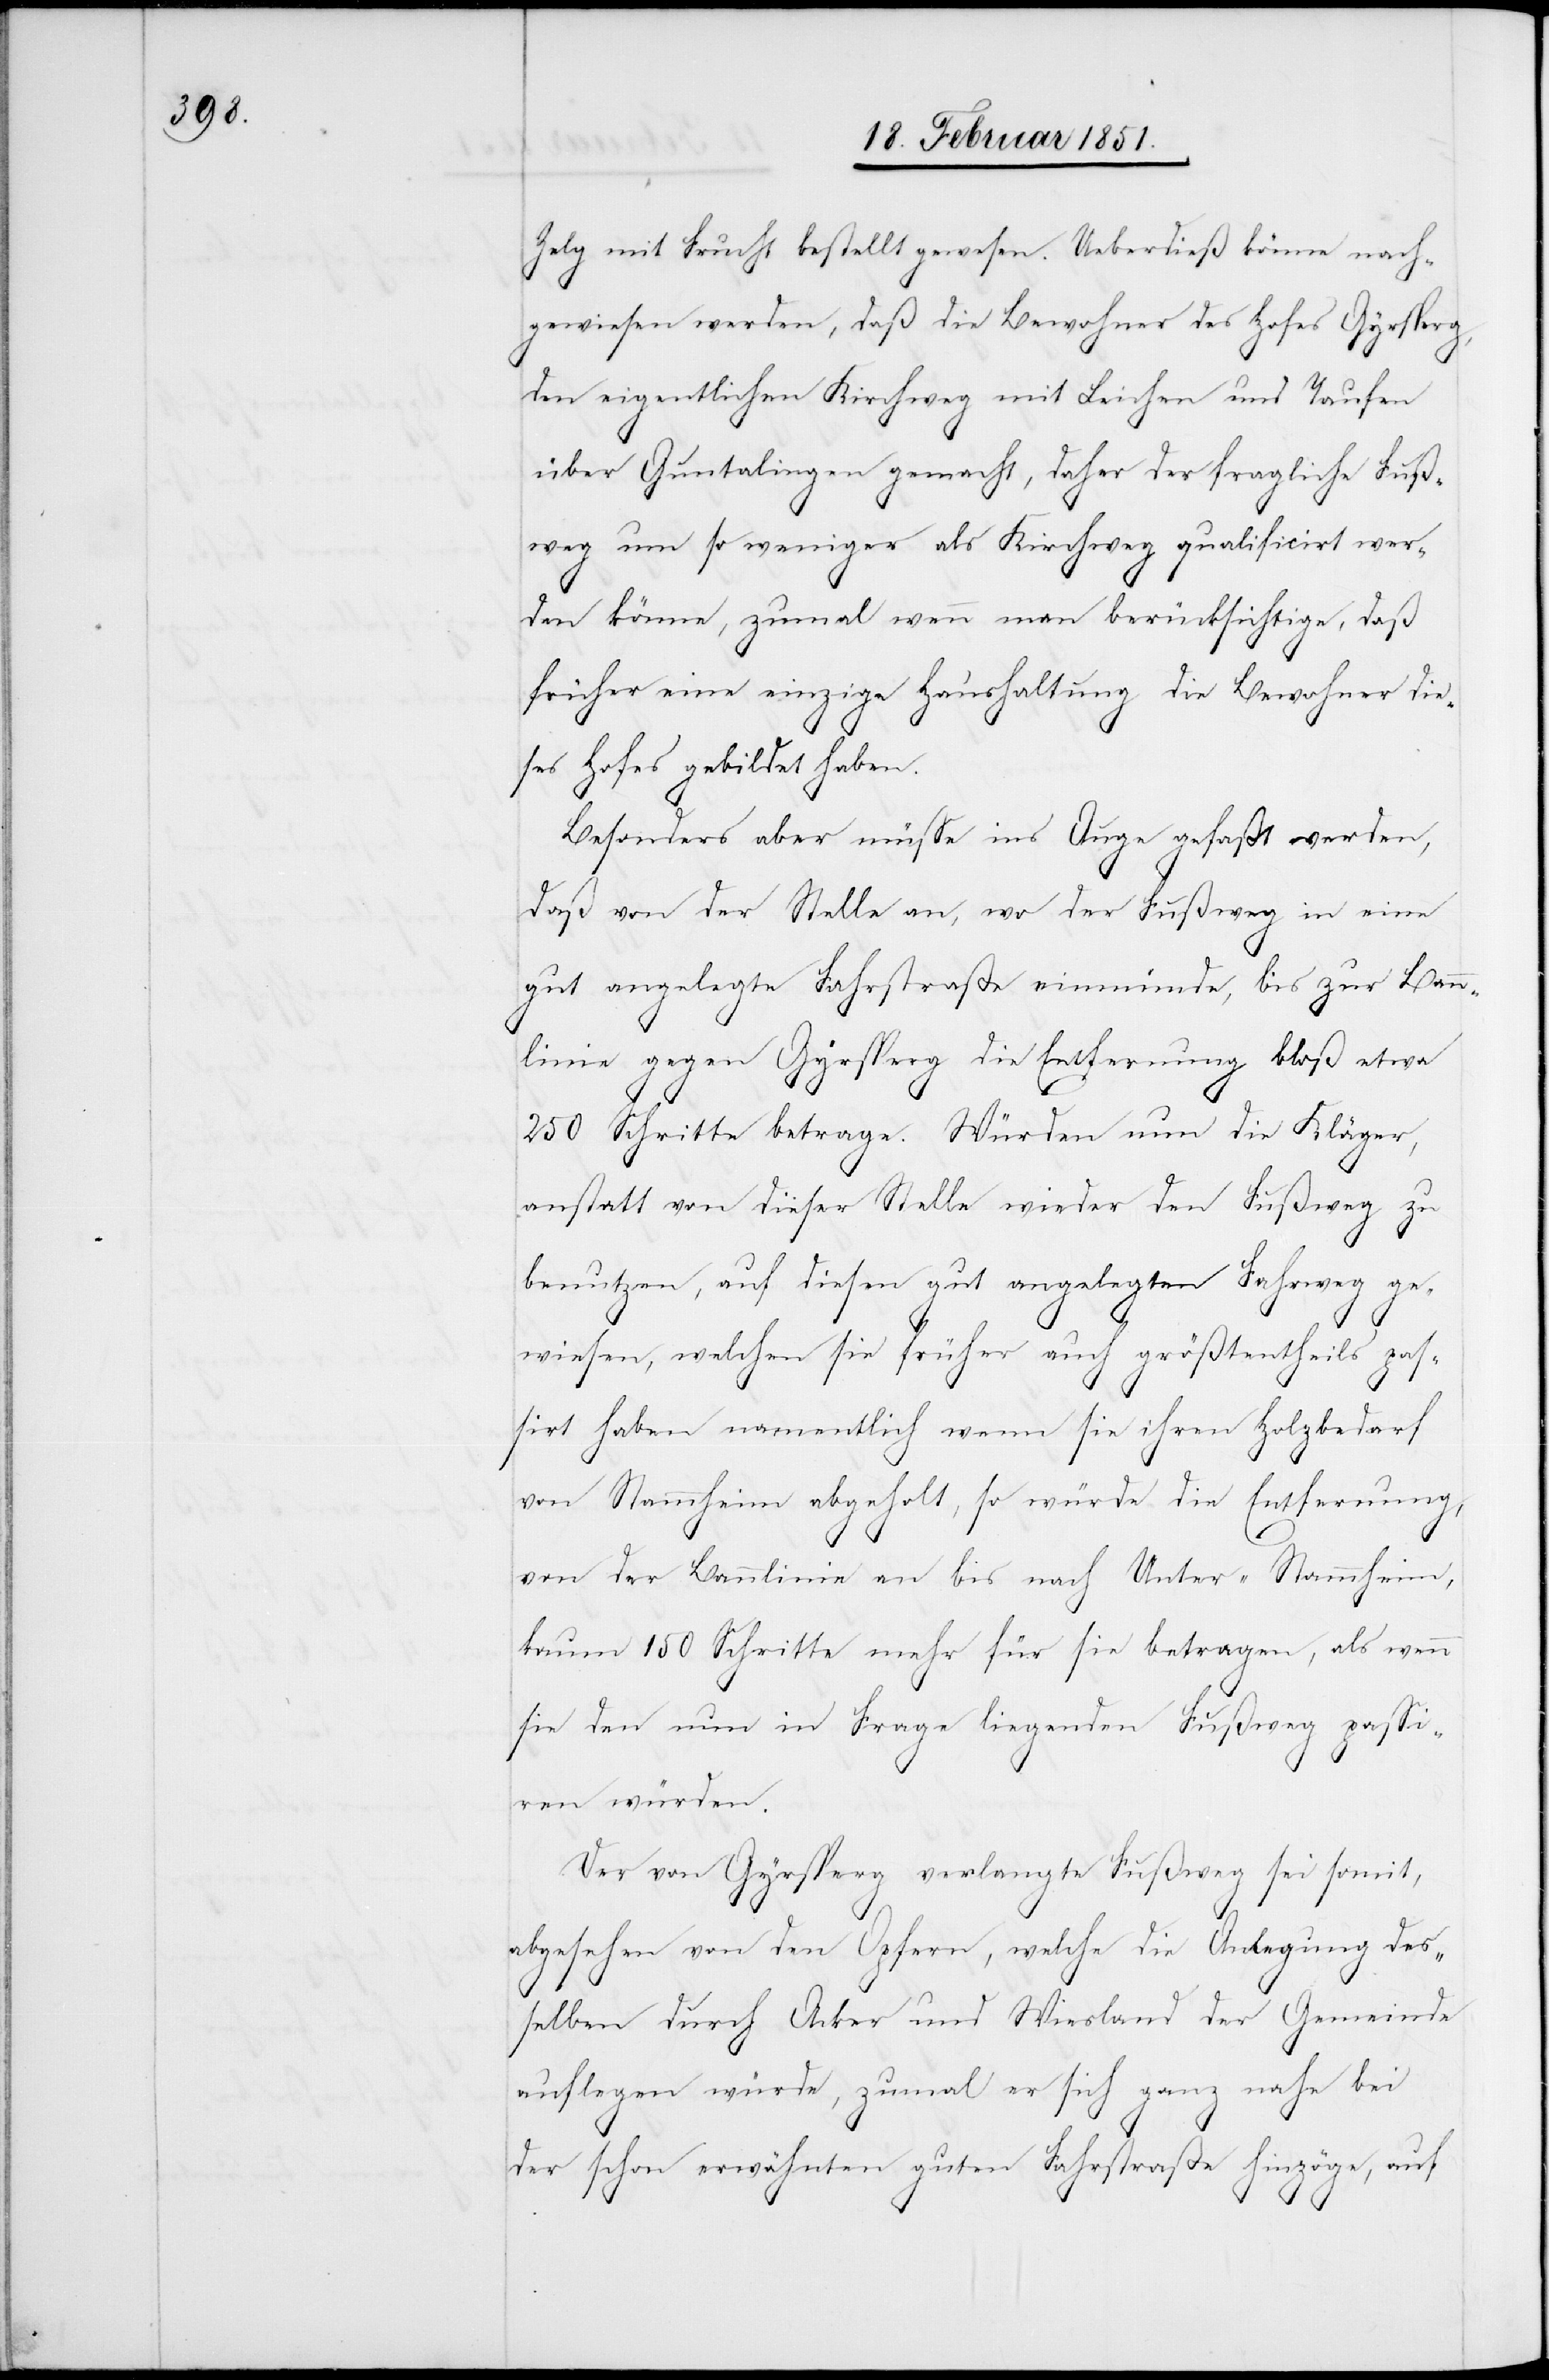
Zelg mit Frucht bestellt gewesen. Ueberdieß könne nach¬
gewiesen werden, daß die Bewohner des Hofes Gyrsperg,
den eigentlichen Kirchweg mit Leichen und Taufen
über Guntalingen gemacht, daher der fragliche Fuß¬
weg um so weniger als Kirchweg qualificirt wer¬
den könne, zumal wenn man berücksichtige, daß
früher eine einzige Haushaltung die Bewohner die¬
ses Hofes gebildet haben.
Besonders aber müsse ins Auge gefaßt werden,
daß von der Stelle an, wo der Fußweg in eine
gut angelegte Fahrstraße einmünde, bis zur Bann¬
linie gegen Gyrsperg die Entfernung bloß etwa
250 Schritte betrage. Würden nun die Kläger,
anstatt von dieser Stelle wieder den Fußweg zu
benutzen, auf diesen gut angelegten Fahrweg ge¬
wiesen, welchen sie früher auch größtentheils pas¬
sirt haben namentlich wenn sie ihren Holzbedarf
von Stammheim abgeholt, so würde die Entfernung,
von der Bannlinie an bis nach Unter-Stammheim,
kaum 150 Schritte mehr für sie betragen, als wenn
sie den nun in Frage liegenden Fußweg passi¬
ren würden.
Der von Gyrsperg verlangte Fußweg sei somit,
abgesehen von den Opfern, welche die Anlegung des¬
selben durch Acker und Wiesland der Gemeinde
auflegen würde, zumal er sich ganz nahe bei
der schon erwähnten guten Fahrstraße hinzöge, auf